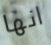
انها